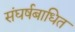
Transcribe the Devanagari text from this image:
संघर्षबाधित